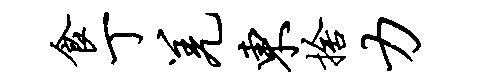
食丁羌东舍力